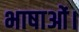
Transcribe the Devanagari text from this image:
भाषाओं।